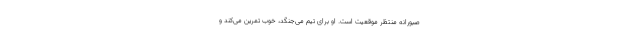
صبورانه منتظر موقعیت است. او برای تیم می‌جنگد، خوب تمرین می‌کند و